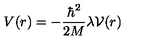
V ( r ) = - \frac { \hbar ^ { 2 } } { 2 M } \lambda { \mathcal V } ( r )